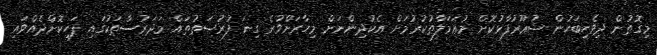
މިގޮތުން ދިވެހިބަހުން ޝުޢޫރުފާޅުކޮށް މުޢަމަލާތުކުރުމަށް އެކުދިންނަށް މިހާރަށްވުރެ ގިނަ ފުރުޞަތުތައް މަދަރުސާތަކުގައި ފަހިކޮށްދެއްވައި